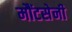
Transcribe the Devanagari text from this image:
मौंटसेनी